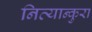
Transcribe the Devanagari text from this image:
नित्यान्कुरा